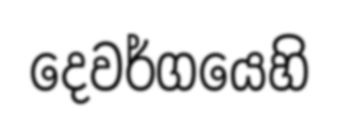
දෙවර්ගයෙහි